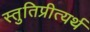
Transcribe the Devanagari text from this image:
स्तुतिप्रीत्यर्थ